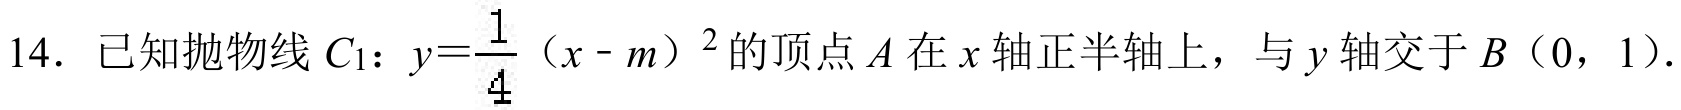
14. 已知抛物线 \(C_{1}\)：\(y = \dfrac{1}{4}(x - m)^{2}\) 的顶点 \(A\) 在 \(x\) 轴正半轴上，与 \(y\) 轴交于 \(B\)（0，1）.